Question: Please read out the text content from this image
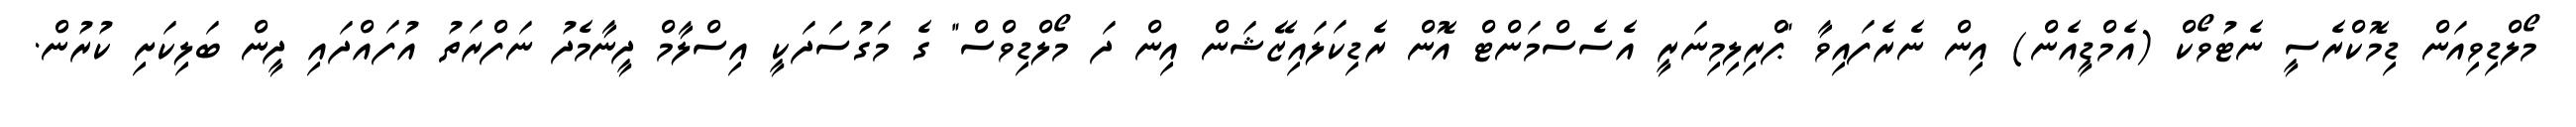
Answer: މޯލްޑިވިއަން ޑިމޮކްރެސީ ނެޓުވޯކް (އެމްޑީއެން) އިން ނެރެފައިވާ "ޕްރިލިމިނަރީ އެސެސްމަންޓް އޮން ރެޑިކަލައިޒޭޝަން އިން ދަ މޯލްޑިވްސް" ގެ މަގުސަދަކީ އިސްލާމް ދީނާމެދު ނަފްރަތު އުފައްދައި ދީން ބަލިކަށި ކުރުން.